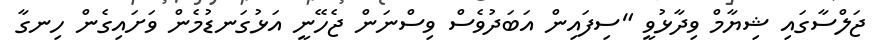
ޖަލްސާގައި ޝިޔާމް ވިދާޅުވީ "ސިފައިން އަބަދުވެސް ވިސްނަން ޖެހޭނީ އަޅުގަނޑުމެން ވަށައިގެން ހިނގާ